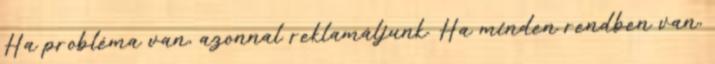
Ha probléma van, azonnal reklamáljunk. Ha minden rendben van,